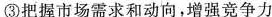
③把握市场需求和动向，增强竞争力